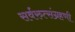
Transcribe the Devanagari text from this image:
सर्वरुत्संग्रहणी